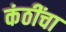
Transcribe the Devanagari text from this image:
कंठींचा